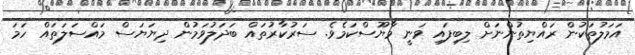
އަމަލުތަކުން ރައްޔިތުންނަށް ލިބިފައި ވަނީ މާޔޫސްކަމެވެ. ސަރުކާރުތައް ބަދަލުވަމުން ދިޔަޔަސް މައްސަލަތައް ހަމަ